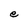
Character: e